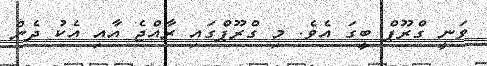
ވަނީ ގްރޫޕް ބީގަ އެވެ. މި ގްރޫޕްގައި ރާއްޖެ އާއި އެކު ދެން